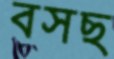
বসছ